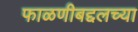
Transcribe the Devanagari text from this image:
फाळणीबद्दलच्या